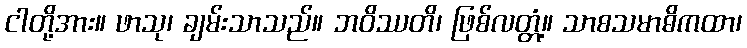
ငါတို့အား။ ဖာသု၊ ချမ်းသာသည်။ ဘဝိဿတိ၊ ဖြစ်လတ္တံ့။ သာစသမာဓိကထာ၊